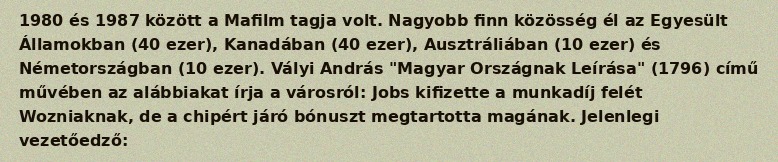
1980 és 1987 között a Mafilm tagja volt. Nagyobb finn közösség él az Egyesült Államokban (40 ezer), Kanadában (40 ezer), Ausztráliában (10 ezer) és Németországban (10 ezer). Vályi András "Magyar Országnak Leírása" (1796) című művében az alábbiakat írja a városról: Jobs kifizette a munkadíj felét Wozniaknak, de a chipért járó bónuszt megtartotta magának. Jelenlegi vezetőedző: